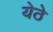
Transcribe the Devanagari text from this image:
येठे